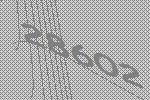
28602